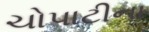
ચોપાટીના